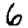
Digit: 6